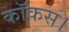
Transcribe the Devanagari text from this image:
कॉकस।